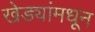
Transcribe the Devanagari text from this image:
खेड्यांमधून